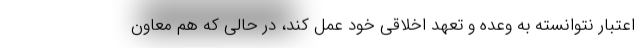
اعتبار نتوانسته به وعده و تعهد اخلاقی خود عمل کند، در حالی که هم معاون